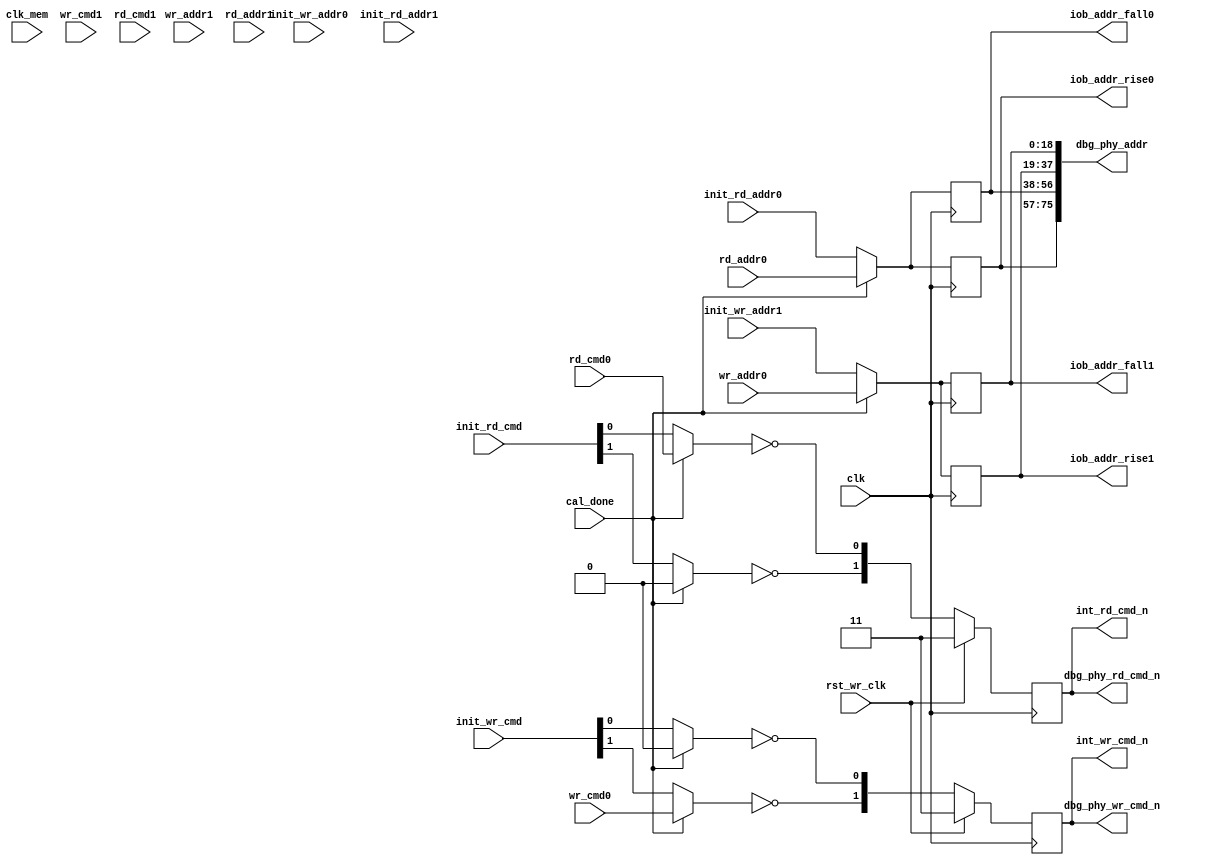
module phy_write_control_io #(
  parameter BURST_LEN   = 4,      //Burst Length
  parameter CLK_PERIOD  = 3752,   //Ext. Memory Clk Period (in ps)
  parameter ADDR_WIDTH  = 19,     //Address Width
  parameter TCQ         = 100     //Register Delay
)
(
  input                           clk,              //main system half freq clk
  input                           rst_wr_clk,       //main write path reset
  input                           clk_mem,          //full frequency clock
  input                           wr_cmd0,          //wr command 0
  input                           wr_cmd1,          //wr command 1
  input       [ADDR_WIDTH-1:0]    wr_addr0,         //wr address 0
  input       [ADDR_WIDTH-1:0]    wr_addr1,         //wr address 1
  input                           rd_cmd0,          //rd command 0
  input                           rd_cmd1,          //rd command 1
  input       [ADDR_WIDTH-1:0]    rd_addr0,         //rd address 0
  input       [ADDR_WIDTH-1:0]    rd_addr1,         //rd address 1
  input       [1:0]               init_rd_cmd,      //init sm rd command
  input       [1:0]               init_wr_cmd,      //init sm wr command
  input       [ADDR_WIDTH-1:0]    init_wr_addr0,    //init sm wr address0
  input       [ADDR_WIDTH-1:0]    init_wr_addr1,    //init sm wr address1
  input       [ADDR_WIDTH-1:0]    init_rd_addr0,    //init sm rd address0
  input       [ADDR_WIDTH-1:0]    init_rd_addr1,    //init sm rd address1
  input                           cal_done,         //calibration done
  output reg  [1:0]               int_rd_cmd_n,     //internal rd cmd
  output reg  [1:0]               int_wr_cmd_n,     //internal rd cmd
  output reg  [ADDR_WIDTH-1:0]    iob_addr_rise0,   //OSERDES addr rise0
  output reg  [ADDR_WIDTH-1:0]    iob_addr_fall0,   //OSERDES addr fall0
  output reg  [ADDR_WIDTH-1:0]    iob_addr_rise1,   //OSERDES addr rise1
  output reg  [ADDR_WIDTH-1:0]    iob_addr_fall1,   //OSERDES addr fall1
  output wire [1:0]               dbg_phy_wr_cmd_n,//cs debug - wr command
  output wire [ADDR_WIDTH*4-1:0]  dbg_phy_addr,    //cs debug - address
  output wire [1:0]               dbg_phy_rd_cmd_n //cs debug - rd command
);

  //Wire Declarations
  wire                  mux_rd_cmd0;
  wire                  mux_rd_cmd1;
  wire                  mux_wr_cmd0;
  wire                  mux_wr_cmd1;
  wire [ADDR_WIDTH-1:0] rd_addr0_r;
  wire [ADDR_WIDTH-1:0] rd_addr1_r;
  wire [ADDR_WIDTH-1:0] wr_addr0_r;
  wire [ADDR_WIDTH-1:0] wr_addr1_r;
  reg [ADDR_WIDTH-1:0]  wr_addr1_2r;

  //Test Signals for Chipscope
  assign dbg_phy_wr_cmd_n = int_wr_cmd_n;
  assign dbg_phy_rd_cmd_n = int_rd_cmd_n;
  assign dbg_phy_addr     = {iob_addr_rise0, iob_addr_fall0, 
                             iob_addr_rise1, iob_addr_fall1};
  
  //In BL4 mode, writes should only be driven out on the falling edge, if we
  //have a command on port 0 (rising edge) move it to port 1 (falling edge)
  //Tie off the rising edge 
  wire [ADDR_WIDTH-1:0] mv_wr_addr0 = (BURST_LEN == 4) ? {ADDR_WIDTH{1'b0}} : wr_addr0;
  wire [ADDR_WIDTH-1:0] mv_wr_addr1 = (BURST_LEN == 4) ? wr_addr0 : wr_addr1;
  wire [ADDR_WIDTH-1:0] mv_rd_addr1 = (BURST_LEN == 4) ? {ADDR_WIDTH{1'b0}} : rd_addr1;


  //Select the correct address either from the user or from the init state
  //machine based on if calibration is complete
  assign rd_addr0_r  = (cal_done) ? rd_addr0 : init_rd_addr0;
  assign rd_addr1_r  = (cal_done) ? mv_rd_addr1 : init_rd_addr1;
  assign wr_addr0_r  = (cal_done) ? mv_wr_addr0 : init_wr_addr0;
  assign wr_addr1_r  = (cal_done) ? mv_wr_addr1 : init_wr_addr1;
 
  always @(posedge clk) 
    begin
      wr_addr1_2r <= #TCQ wr_addr1_r;
    end

  always @ (posedge clk)
    begin
      //Select the correct input to the oserdes based on the burst mode
      iob_addr_rise0 <=#TCQ (BURST_LEN == 4) ? rd_addr0_r : wr_addr1_2r;
      iob_addr_fall0 <=#TCQ (BURST_LEN == 4) ? rd_addr0_r : rd_addr0_r;
      iob_addr_rise1 <=#TCQ (BURST_LEN == 4) ? wr_addr1_r : wr_addr0_r;
      iob_addr_fall1 <=#TCQ (BURST_LEN == 4) ? wr_addr1_r : rd_addr1_r;
    end

  //In BL4 mode, writes should only be driven out on the falling edge, if we
  //have a command on port 0 (rising edge) move it to port 1 (falling edge)
  //Tie off the rising edge 
  wire mv_wr_cmd0 = (BURST_LEN == 4) ? 1'b0 : wr_cmd0;
  wire mv_wr_cmd1 = (BURST_LEN == 4) ? wr_cmd0 : wr_cmd1;
  wire mv_rd_cmd1 = (BURST_LEN == 4) ? 1'b0 : rd_cmd1;
  

  //Select the command from the user or from the init state machine based 
  //on if calibration is complete.
  //from the init state machine the high bit 1, corresponds to a write on the
  //rising edge of the clock as is "_cmd0"
  assign mux_rd_cmd0 = (cal_done) ? rd_cmd0 : init_rd_cmd[0];
  assign mux_rd_cmd1 = (cal_done) ? mv_rd_cmd1 : init_rd_cmd[1];
  assign mux_wr_cmd0 = (cal_done) ? mv_wr_cmd0 : init_wr_cmd[0];
  assign mux_wr_cmd1 = (cal_done) ? mv_wr_cmd1 : init_wr_cmd[1];

  //Invert the commands to be used on the memory interface as active low
  always @ (posedge clk)
    begin
      if (rst_wr_clk) begin
        int_rd_cmd_n <=#TCQ 2'b11;
        int_wr_cmd_n <=#TCQ 2'b11;
      end else begin
        int_rd_cmd_n <=#TCQ {~mux_rd_cmd1, ~mux_rd_cmd0};
        int_wr_cmd_n <=#TCQ {~mux_wr_cmd1, ~mux_wr_cmd0};
      end
    end

endmodule